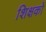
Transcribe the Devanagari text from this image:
शिक्षकों